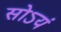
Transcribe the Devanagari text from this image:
सोऽयं